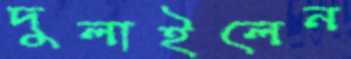
দুলাইলেন